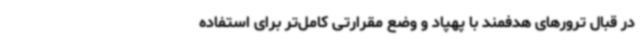
در قبال ترورهای هدفمند با پهپاد و وضع مقرارتی کامل‌تر برای استفاده